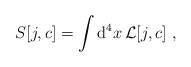
\begin{align*}S[j,c] = \int {\rm d}^4 x \, {\cal L} [j,c] \ ,\end{align*}